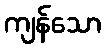
ကျန်သော